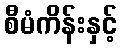
စီမံကိန်းနှင့်